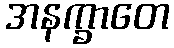
အနက္ခာတေ